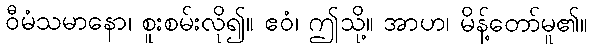
ဝီမံသမာနော၊ စူးစမ်းလို၍။ ဧဝံ၊ ဤသို့။ အာဟ၊ မိန့်တော်မူ၏။